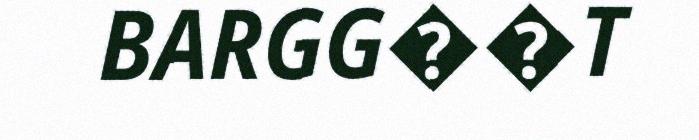
BARGG��T